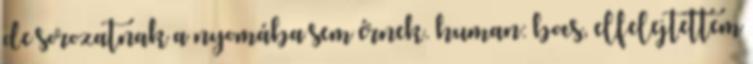
de sorozatnak a nyomába sem érnek. human: bocs, elfelejtettem